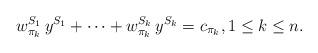
LaTeX: \begin{align*}w_{\pi_{k}}^{S_1} \, y^{S_1} +\cdots+ w_{\pi_{k}}^{S_k} \, y^{S_k}=c_{\pi_{k}}, 1 \leq k \leq n.\end{align*}